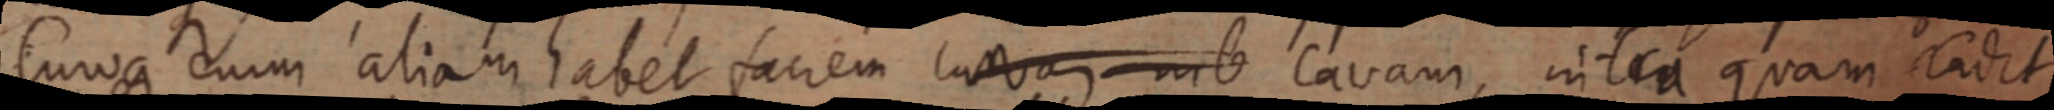
Curva enim aliam habet faciem lana nib cavam, intra quam cadit